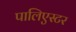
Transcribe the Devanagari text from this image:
पालिएस्टर